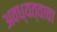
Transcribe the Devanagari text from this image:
अवध्यत्वाचा